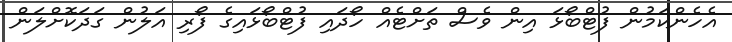
އެހެންކަމުން ފުޓްބޯޅަ އިން ވެސް ތަށްޓެއް ހޯދައި ފުޓްބޯޅައިގެ ފޯރި އަލުން ގަދަކޮށްލަން